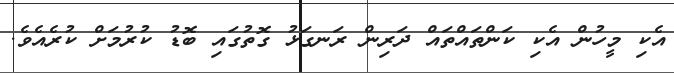
އެކި މީހުން އެކި ކަންތައްތައް ދަރިން ރަނގަޅު ގޮތުގައި ބޮޑު ކުރުމަށް ކުރެއެވެ.